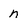
Character: n